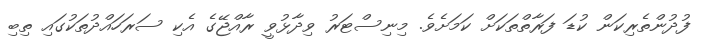
ފުދުންތެރިކަން ކުޑަ ފަރާތްތަކަށް ކަމަށެވެ. މިނިސްޓަރު ވިދާޅުވީ ރާއްޖޭގެ އެކި ސަރަހައްދުތަކުގައި ތިބި